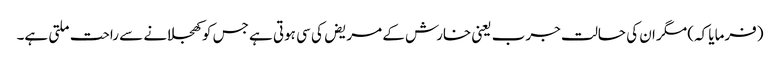
(فرمایا کہ) مگر ان کی حالت جرب یعنی خارش کے مریض کی سی ہوتی ہے جس کو کھجلانے سے راحت ملتی ہے۔